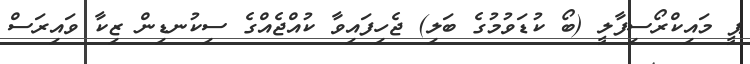
ޕީ މައިކްރޯސިފާލީ (ބޯ ކުޑަވުމުގެ ބަލި) ޖެހިފައިވާ ކުއްޖެއްގެ ސިކުނޑިން ޒިކާ ވައިރަސް